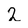
Character: 2